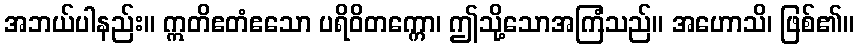
အဘယ်ပါနည်း။ ဣတိဧတံဧသော ပရိဝိတက္ကော၊ ဤသို့သောအကြံသည်။ အဟောသိ၊ ဖြစ်၏။